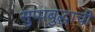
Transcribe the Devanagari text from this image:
सुप्पबुद्धाची